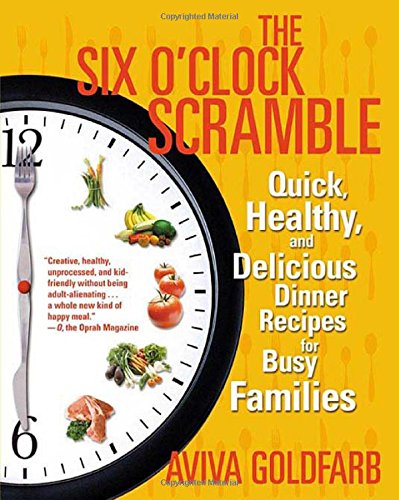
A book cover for The Six O'Clock Scramble: Quick, Healthy, and Delicious Dinner Recipes for Busy Families; Aviva Goldfarb; Cookbooks, Food & Wine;